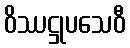
ဝိဿဋ္ဌုပသေဝီ